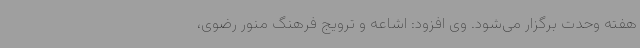
هفته وحدت برگزار می‌شود. وی افزود: اشاعه و ترویج فرهنگ منور رضوی،